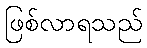
ဖြစ်လာရသည်